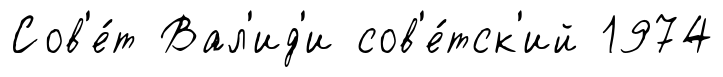
Сов'е́т Вал'ид'и сов'е́тск'ий 1974